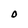
Character: 0